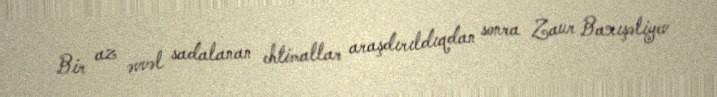
Bir az əvvəl sadalanan ehtimallar araşdırıldıqdan sonra Zaur Baxışəliyev